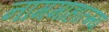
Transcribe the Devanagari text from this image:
नाममाहात्म्य